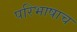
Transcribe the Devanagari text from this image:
परिभाषाच